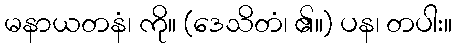
မနာယတနံ၊ ကို။ (ဒေသိတံ၊ ၏။) ပန၊ တပါး။